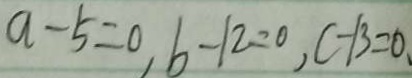
a - 5 = 0 , b - 1 2 = 0 , c - 1 3 = 0